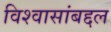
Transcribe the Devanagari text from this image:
विश्वासांबद्दल